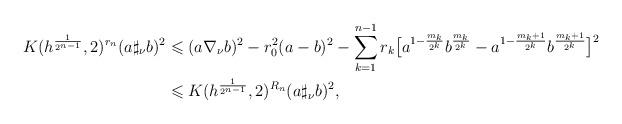
LaTeX: \begin{align*}K(h^{\frac{1}{2^{n-1}}},2)^{r_{n}}( a \sharp_{\nu}b )^{2} & \leqslant( a \nabla_{\nu} b)^{2} - r_{0}^{2}(a-b)^{2}- \sum_{k=1}^{n-1}r_{k} \big[ a^{1-\frac{m_k}{2^k}}b^{\frac{m_k}{2^k}} - a^{1-\frac{m_k+1}{2^k}}b^{\frac{m_k+1}{2^k}} \big]^{2}\\ & \leqslant K(h^{\frac{1}{2^{n-1}}},2)^{R_{n}}( a \sharp_{\nu}b )^{2},\end{align*}